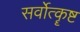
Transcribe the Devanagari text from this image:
सर्वोत्कॄष्ट